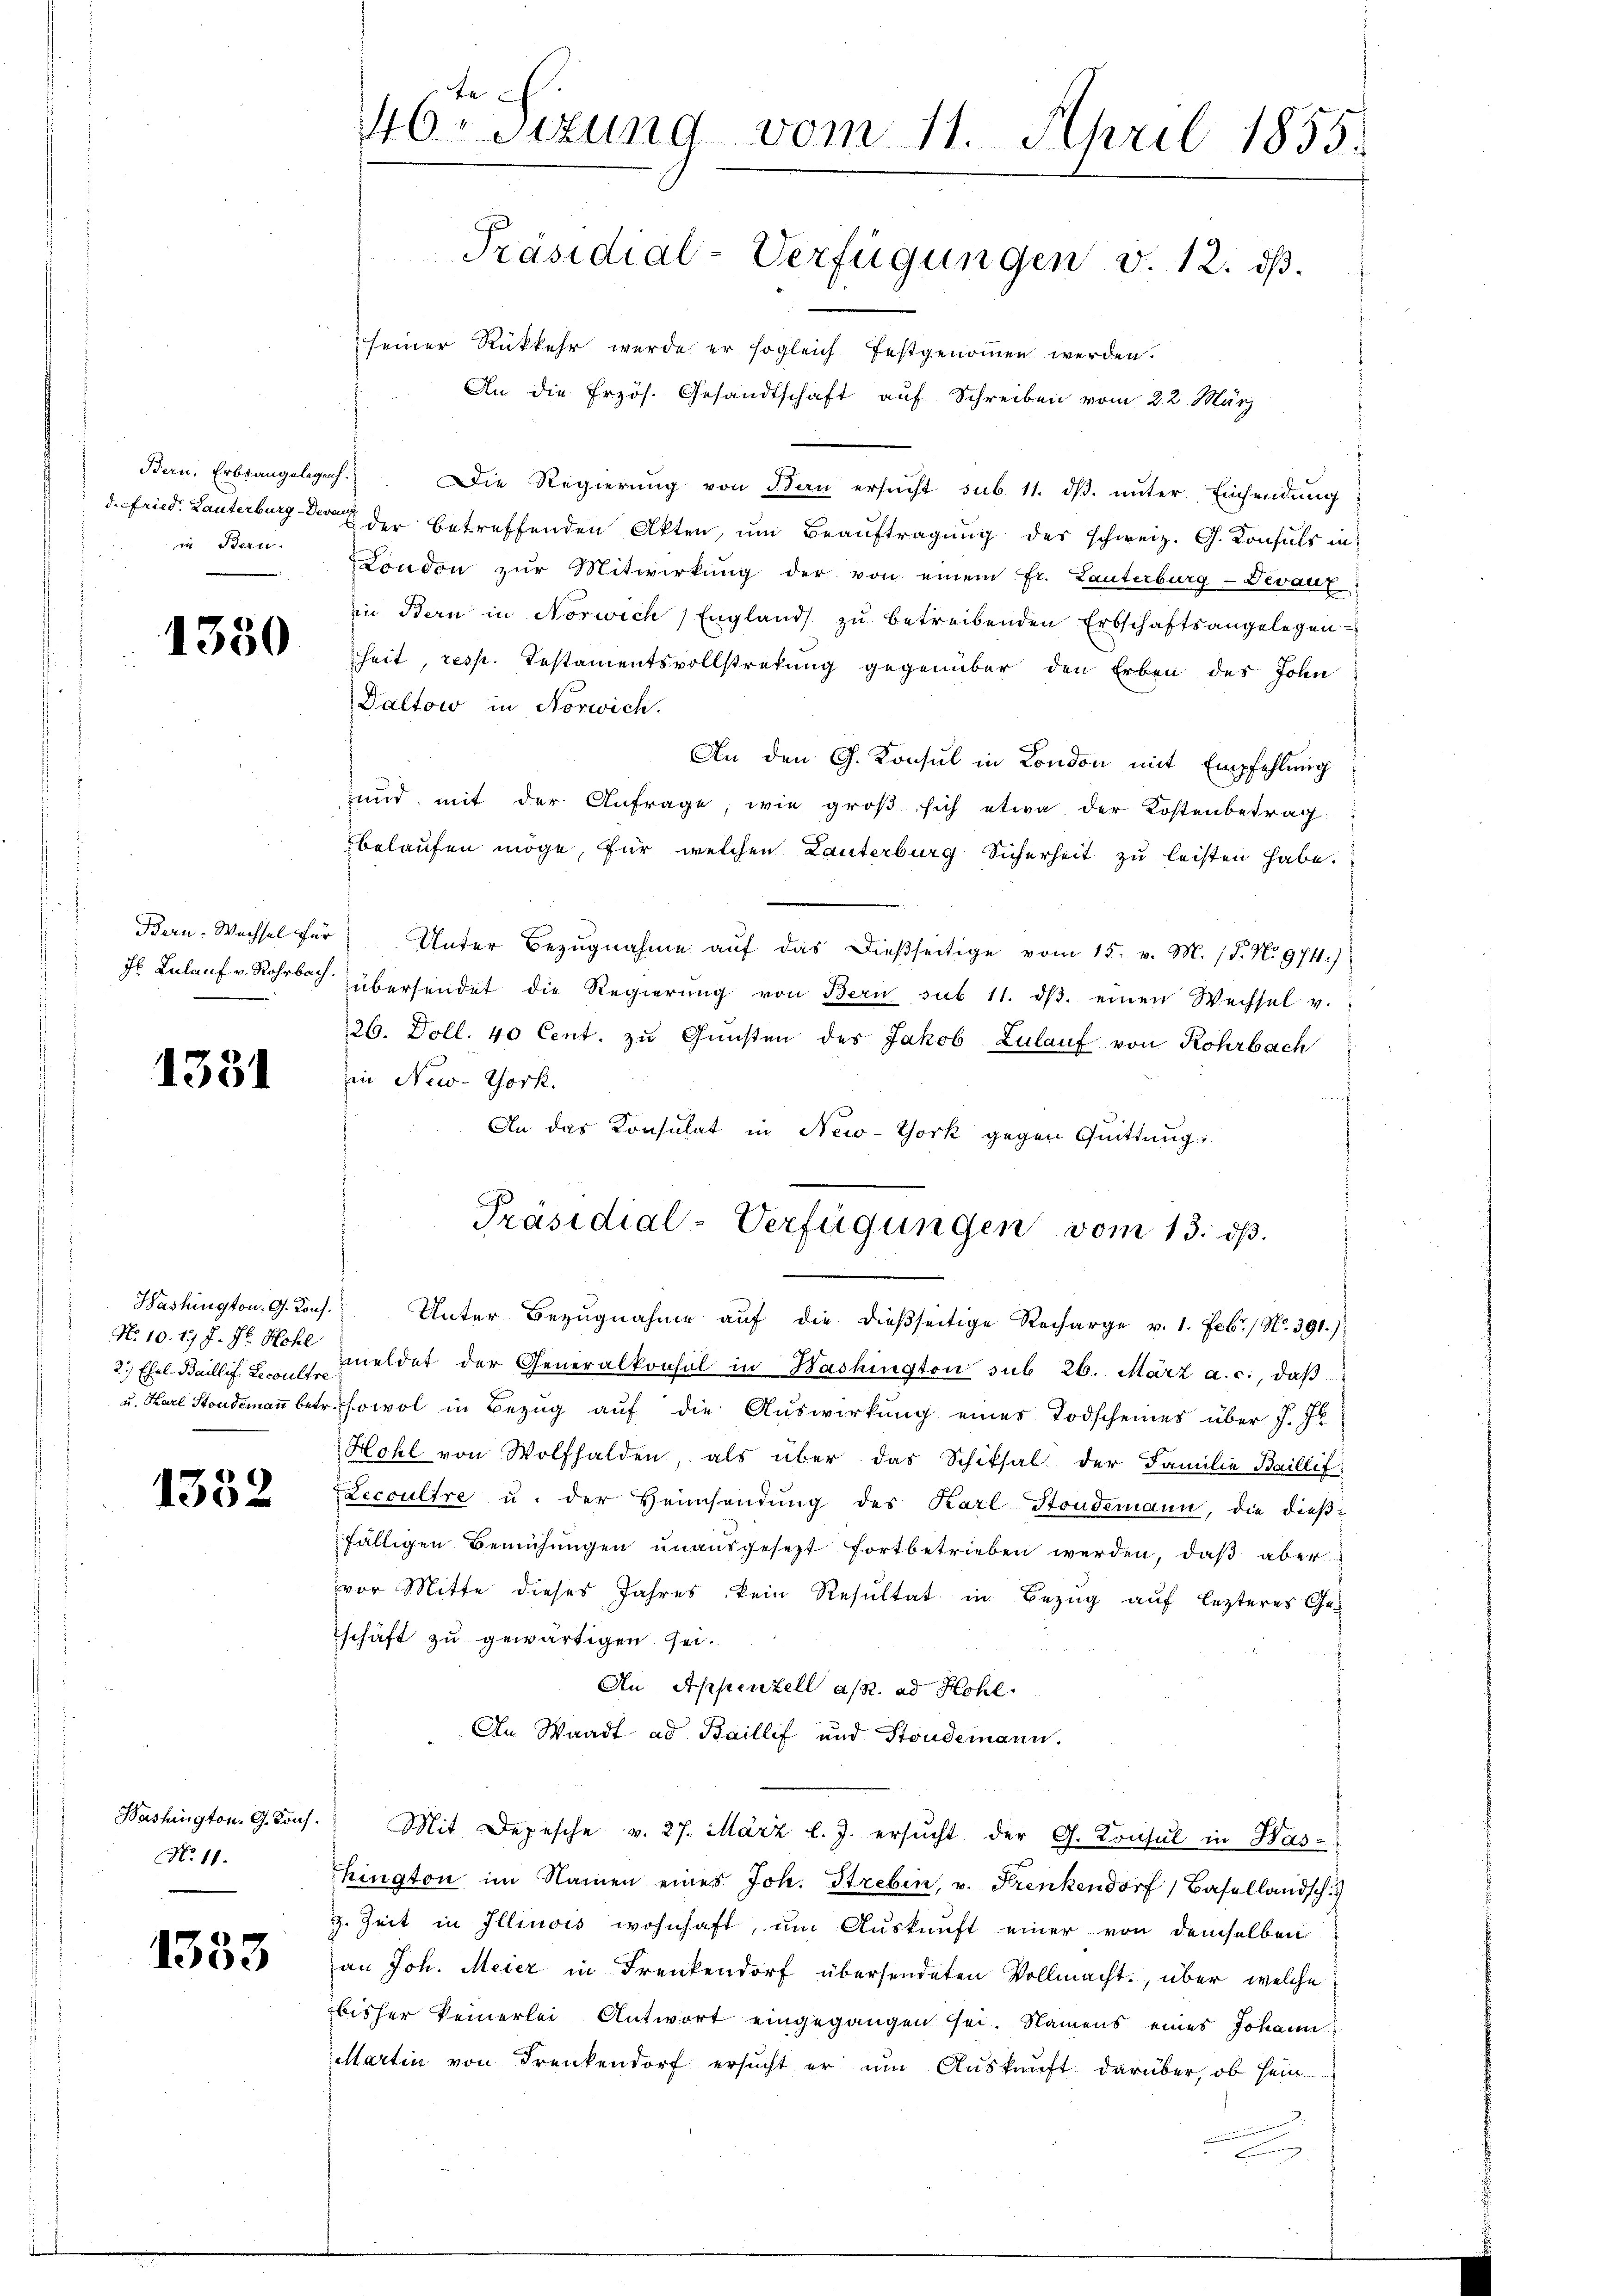
Bern, Erbrangelegenh
in Bern.

1350

1331

Washington. G. Kons.
No 10. 1. J. Hr. Hohl
2.) Ehel- Baillif: Lecoultre

1332

Bashington. G. Kons.
No. 11.

1353

te
46. Sizung vom 11. April 1855.
Präsidial-Verfügungen v. 12. ds.

seiner Rückkehr werde er sogleich festgenoṁen werden.
An die frzös. Gesandtschaft aŭf Schreiben vom 22. März
Die Regierŭng von Bau ersŭcht sub. 11. dβ ŭnter Einsendung
d. Fried. Lauterburg der betreffenden Akten, um Beauftragung des schweiz. G. Konsuls in
London zŭr Mitwirkung der von einem Fr. Lauterburg-Devaux:
in Bern in Norwich, England zu betreibenden Erbschaftsangelegen
heit, resp. Testamentsvollstretung gegenüber den Erben des John
Daltow in Norwich.
An den G. Konsul in London mit Empfehlung
und mit der Anfrage, wie groβ sich etwa der Kostenbetrag
belaufen möge, für welchen Lauterburg Sicherheit zu leisten habe.
Bern-Wechsel für Unter Bezŭgnahme aŭf das dießseitige vom 15. v. M. (T. No 974.)
Jb. Belauf v. Rohrbach übersendet die Regierŭng von Bern sub 11. dβ. einen Wechsel v.
26. Doll. 40 Cent. zu Gunsten des Jakob Zulauf von Rohrbach
in New-York.
An das Konsulat in New-York gegen Quittung,
Unter Bezugnahme auf die dießseitige Recharge v. 1. Febr. / No. 391.)
meldet der Generalkonsul in Bashington sub 26. März a. c., daβ
u. Karl Standemann betr. sowol in Bezug auf die Auswirkung eines Todscheines über J. J
Hohl von Wolfhalden, als über das Schiksal der Familie Baillef
Lecoultre u. der Heimsendŭng des Karl-Stoudemann, die dieβ-
fälligen Bemühungen unausgesezt fortbetrieben werden, daß aber
vor Mitte dieses Jahres kein Resultat in Bezug auf lezteres Geschaft zu gewärtigen sei.
An Appenzell a. ad Hohl.
An Waadt ad Baillif und Standemann.
Mit Depesche v. 27. März l. J. ersŭcht der G. Konsul in Was-
hington im Namen eines Joh. Strebin, v. Frenkendorf Basellandsch
z. Zeit in Illinois wohnhaft, um Auskunft einer von demselben
an Joh. Meier in Frenkendorf übersendeten Vollmacht, über welche
bisher keinerlei Antwort eingegangen sei. Namens eines Johann
Martin von Frenkendorf ersucht er um Auskunft darüber, ob sein.

E

Präsidial-Verfügungen vom 13. ds.